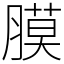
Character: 膜